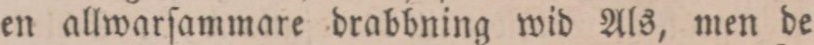
en allwarſammare drabbning wid Als, men de